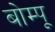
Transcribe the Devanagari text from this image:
बोम्पू